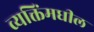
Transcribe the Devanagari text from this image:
व्यक्तिंमधील